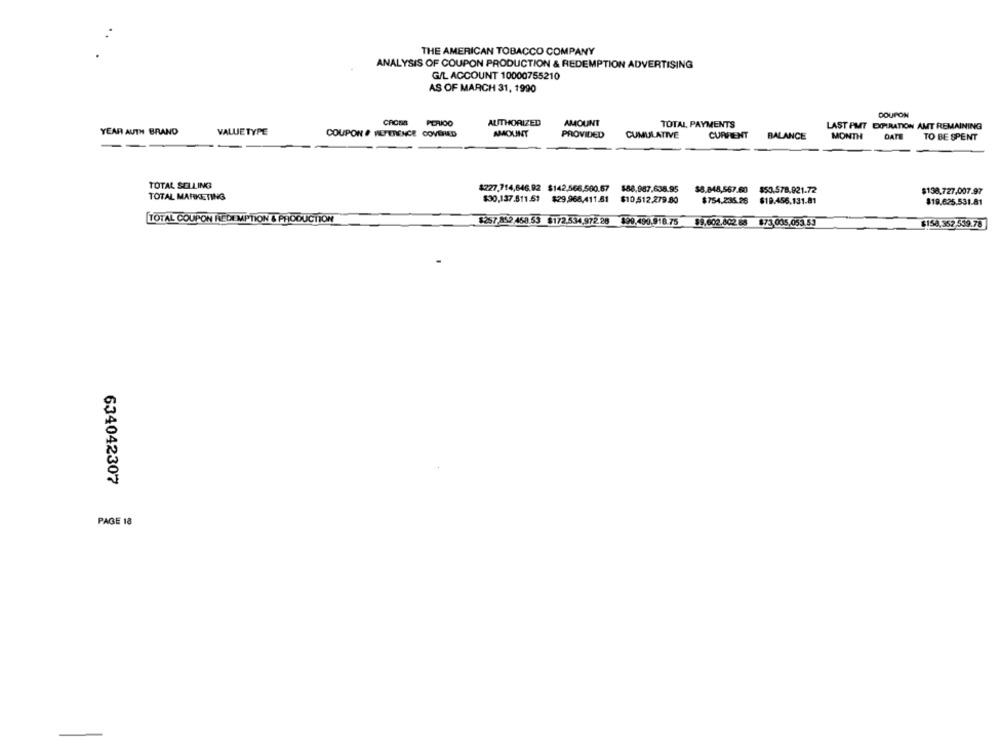
THE AMERICAN TOBACCO COMPANY
ANALYSIS OF COUPON PRODUCTION & REDEMPTION ADVERTISING
G/L ACCOUNT 10000755210
AS OF MARCH 31, 1990
DOUPON
CAOBA
PERIOO
AUTHORIZED
AMOUNT
TOTAL PAYMENTS
LAST PMT EXPIRATION AMT REMAINING
YEAR AUTH BRAND
VALUETYPE
COUPON # WEFERENCE COVERED
AMOUNT
PROVIDED
CUMULATIVE
CURRENT
BALANCE
MONTH
DATE
TO BE SPENT
TOTAL SELLING
8227.714,646.92 $142,566,500.67
$88,987,638.95
TOTAL MARKETING
$8.848,567.60 $50.578,921.72
$138.727,007.97
$30.137.811.51 $29.968,411.81 $10,512.279.80
$754,235.26 $19.456,131.81
$19.625.531.81
TOTAL COUPON REDEMPTION & PRODUCTION
$257 862 458.53 $172.534,972.28 899,499.918 75 $9,602.602.85 $73,005,053.53
$158,352.539.78
634042307
PAGE 18